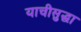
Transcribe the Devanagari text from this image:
याचीसुद्धा